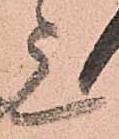
上